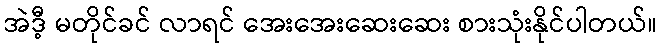
အဲဒီ့ မတိုင်ခင် လာရင် အေးအေးဆေးဆေး စားသုံးနိုင်ပါတယ်။